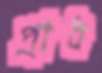
প্রাধ